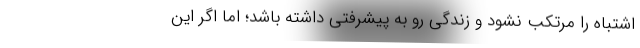
اشتباه را مرتکب نشود و زندگی رو به پیشرفتی داشته باشد؛ اما اگر این